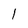
Character: 1